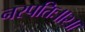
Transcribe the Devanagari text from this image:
नरपतिः॥२॥